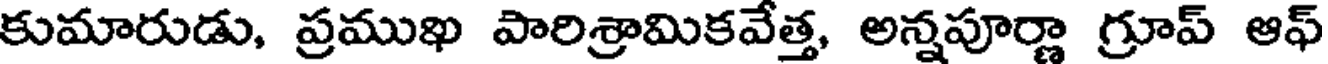
కుమారుడు, ప్రముఖ పారిశ్రామికవేత్త, అన్నపూర్ణా గ్రూప్ ఆఫ్